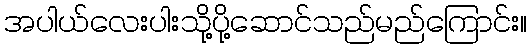
အပါယ်လေးပါးသို့ပို့ဆောင်သည်မည်ကြောင်း။